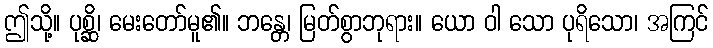
ဤသို့။ ပုစ္ဆိ၊ မေးတော်မူ၏။ ဘန္တေ၊ မြတ်စွာဘုရား။ ယော ဝါ သော ပုရိသော၊ အကြင်